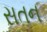
સતન